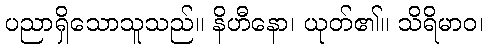
ပညာရှိသောသူသည်။ နိဟီနော၊ ယုတ်၏။ သိရိမာဝ၊